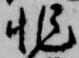
非